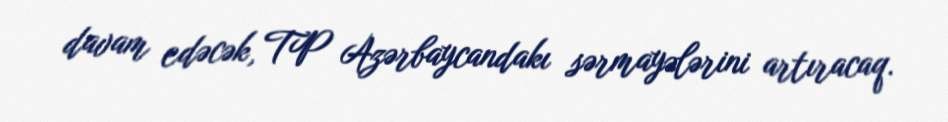
davam edəcək, TP Azərbaycandakı sərmayələrini artıracaq.